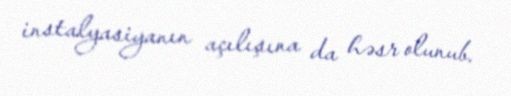
instalyasiyanın açılışına da həsr olunub.